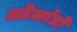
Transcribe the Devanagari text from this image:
ओर्लाडो